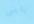
يمضى